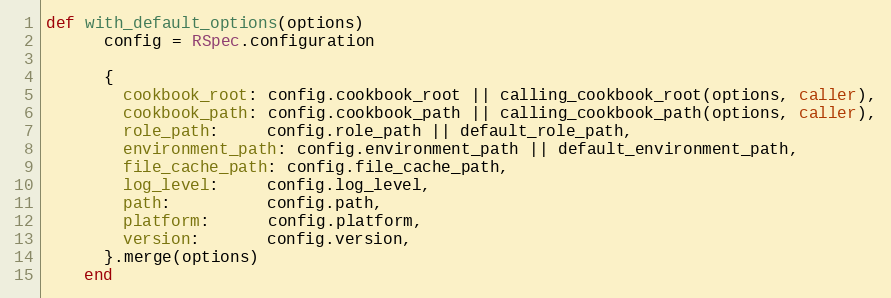
Language: Ruby
def with_default_options(options)
      config = RSpec.configuration

      {
        cookbook_root: config.cookbook_root || calling_cookbook_root(options, caller),
        cookbook_path: config.cookbook_path || calling_cookbook_path(options, caller),
        role_path:     config.role_path || default_role_path,
        environment_path: config.environment_path || default_environment_path,
        file_cache_path: config.file_cache_path,
        log_level:     config.log_level,
        path:          config.path,
        platform:      config.platform,
        version:       config.version,
      }.merge(options)
    end